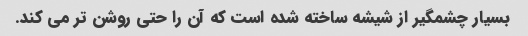
بسیار چشمگیر از شیشه ساخته شده است که آن را حتی روشن تر می کند.